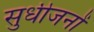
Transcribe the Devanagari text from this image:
सुधीजनों